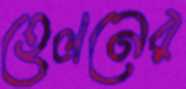
হেলনের